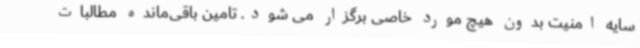
سایه امنیت بدون هیچ مورد خاصی برگزار می شود. تامین باقی‌مانده مطالبات